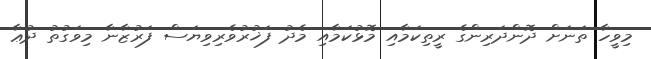
މިވީހާ ތަނަށް ދޮންދަރިންގެ ރީތިކަމާއި މޮޅުކަމާއި މެދު ފަޚުރުވެރިވިޔަސް ފަރުޒާނާ މިވަގުތު ދުޢާ